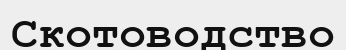
Скотоводство